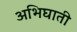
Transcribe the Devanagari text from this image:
अभिघाती